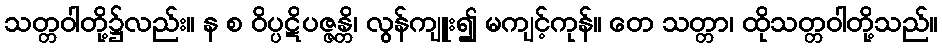
သတ္တဝါတို့၌လည်း။ န စ ဝိပ္ပဋိပဇ္ဇန္တိ၊ လွန်ကျူး၍ မကျင့်ကုန်။ တေ သတ္တာ၊ ထိုသတ္တဝါတို့သည်။